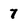
Character: 7